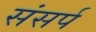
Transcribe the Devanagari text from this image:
संसर्प